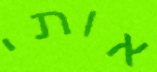
אותי